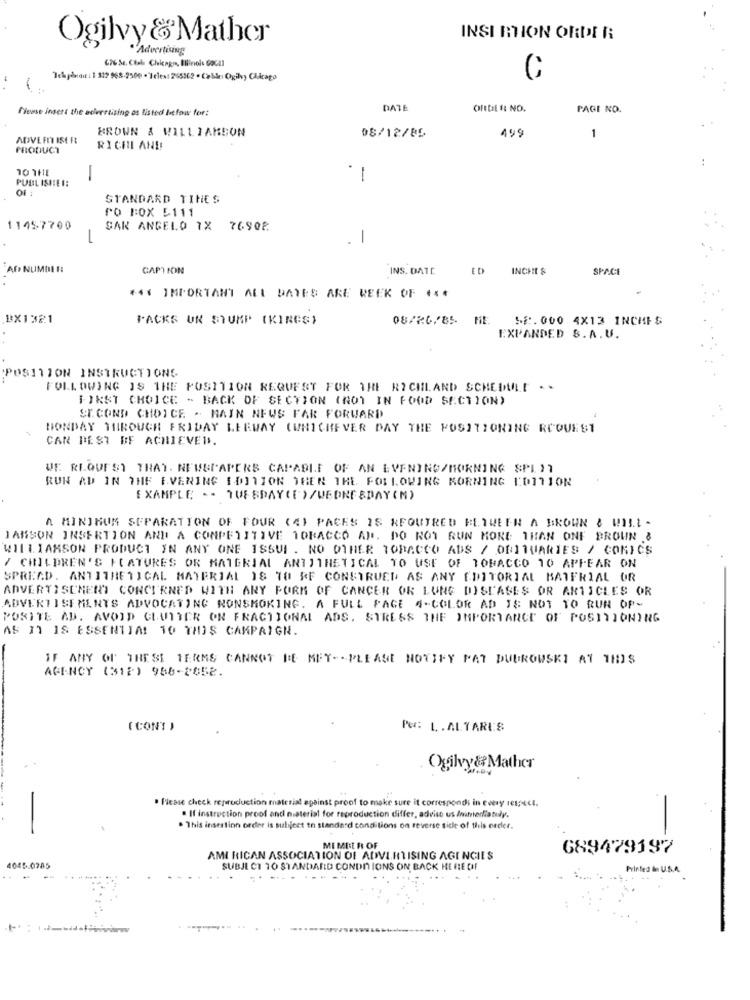
Ogilvy & Mather
INSI MION ORDER
· Advertising
676 Se. Ctala Chicago, Illinois Gocal
Tekpårant : 1 312 968-2500 - Telest 265362 + Cable: Ogilvy Chicago
C
Please insert the advertising os listed below for:
DATE
OFFDE f: NO.
PAGE NO.
BROWN & WILLIAMSON
1
ADVERT ISER
08/12/85
199
PRODUCT
RICHI AN !!
10 THE
.
PUBL ISHIEN:
-
-
01 :
STANDARD TINES
PO BOX 5111
11457700
SAN ANGELO 7X 76902
-
1
Af NUMDE #:
CAPTION
INS. DATE
ED
INCHI &
SPACE
+41 IMPORTANT ALL DATES ARE REEK OF ***
BX1321
PACKS UN STUMP (KINGS)
08/26/85 ME
52. 000 4X13 INCHES
EXPANDED S.A.U.
POSITION INSTRUCTIONS
FOLLOWING IS THE POSITION REQUEST FOR THE RICHLAND SCHEDULE ..
FIRST CHOICE - BACK OF SECTION (NOT IN FOOD SECTION)
SECOND CHOICE - RAIN NEWS FAR FORWARD
MONDAY THROUGH FRIDAY LEEWAY (WHICHEVER DAY THE POSITIONING RCOUEST
CAR DEST BF ACHIEVED.
WE REQUEST THAT. NEWSPAPERS CAPABLE OF AN EVENING/MORNING SPL )1
RUN AD IN THE EVENING 1-0311ON THEN THE FOLLOWING MORNING EDITION
EXAMPLE -- TUESDAY(E )/WEDNESDAY(M)
A MINIMUM SEPARATION OF FOUR (4) PACES IS REQUIRED BETWEEN A BROWN & WILL -
JANSON INSERTION AND A COMPETITIVE TOBACCO AP. DO ROY RUN MORE THAN ONF BROUN &
WILLIAMSON PRODUCT IN ANY ONE ISSUE . NO OTHER TOBACCO ADS / OBITUARIES / COMICS
/ CHILDREN'S FEATURES OR MATERIAL ANTITHETICAL TO USE OF TOBACCO 10 APPEAR ON
SPREAD. ANTITHETICAL MATERIAL IS TO RF CONSTRUED AS ANY EDITORIAL BAIFRIAL OR
ADVERTISEMENT CONCERNED WITH ANY FORM OF CANCER OR LUNG DISEASES OR ARTICLES OR
ADVERTISEMENTS ADVOCATING NONSMOKING. A FULL PAGE 4-COLOR AD JE NOT TO RUN OP-
POSTTE AD. AVOID CLUTTER ON FRACTIONAL ADS. STRESS THE IMPORTANCE OF POSITIONING
AS IT IS ESSENTIA! 10 THIS CAMPAIGN.
IF ANY OF THESE TERMS CANNOT BE MEY -- PLEASE NOTIFY PAT DUUROWSKI AT THIS
AGENCY (312) 988-2852.
( CONT )
PE: L. ALTARES
Ogilvy &Mather
. Please check reproduction material against proof to make sure it correspondi in every respect.
-
. If instruction proof and material for reproduction differ, advise us Inihrerliatuly.
-
. This insertion order is subject to standard conditions on reverse sicle of this order.
MEMBER OF
689479197
AMI RICAN ASSOCIATION OF ADVERTISING AGENCIES
4045.0785
SUBJECT 10 STANDARD CONDITIONS ON BACK HEFE OF
Printed in U.S.A.